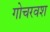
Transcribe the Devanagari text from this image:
गोचरवश